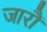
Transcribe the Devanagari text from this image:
जारौं